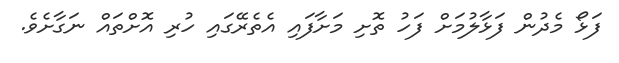
ފަޅޯ މެދުން ފަޅާލުމަށް ފަހު ތޮށި މަށާފައި އެތެރޭގައި ހުރި އޮށްތައް ނަގާށެވެ.